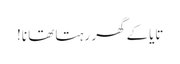
تایاکے گھر رہتا تھا نا!